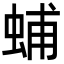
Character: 蜅